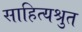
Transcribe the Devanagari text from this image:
साहित्यश्रुत